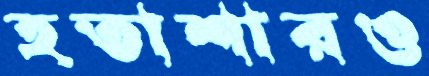
হতাশারও